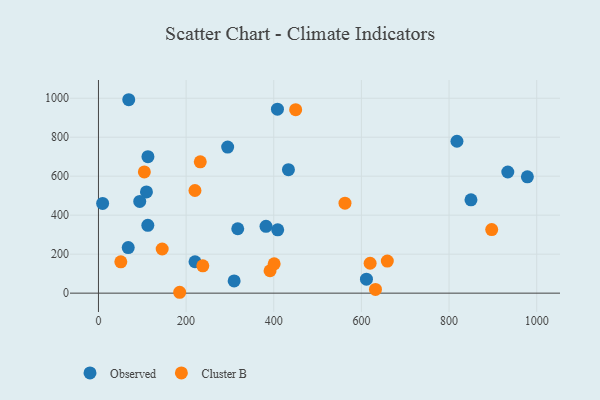
{"axis": {"x": "Investment", "y": "Yield"}, "legend": ["Cluster B", "Observed"], "data": [{"x": "409.0", "y": 325.0, "type": "Observed"}, {"x": "408.4", "y": 943.8, "type": "Observed"}, {"x": "850.0", "y": 478.7, "type": "Observed"}, {"x": "9.5", "y": 460.2, "type": "Observed"}, {"x": "220.3", "y": 161.1, "type": "Observed"}, {"x": "69.1", "y": 992.3, "type": "Observed"}, {"x": "433.5", "y": 633.5, "type": "Observed"}, {"x": "382.3", "y": 342.8, "type": "Observed"}, {"x": "978.7", "y": 596.6, "type": "Observed"}, {"x": "294.8", "y": 749.5, "type": "Observed"}, {"x": "818.0", "y": 779.2, "type": "Observed"}, {"x": "67.9", "y": 234.0, "type": "Observed"}, {"x": "112.9", "y": 700.2, "type": "Observed"}, {"x": "309.6", "y": 62.9, "type": "Observed"}, {"x": "109.5", "y": 519.3, "type": "Observed"}, {"x": "611.5", "y": 71.5, "type": "Observed"}, {"x": "112.6", "y": 348.2, "type": "Observed"}, {"x": "317.8", "y": 330.5, "type": "Observed"}, {"x": "94.2", "y": 470.8, "type": "Observed"}, {"x": "934.0", "y": 621.5, "type": "Observed"}, {"x": "238.1", "y": 140.3, "type": "Cluster B"}, {"x": "450.0", "y": 941.0, "type": "Cluster B"}, {"x": "185.3", "y": 4.5, "type": "Cluster B"}, {"x": "659.1", "y": 164.5, "type": "Cluster B"}, {"x": "104.7", "y": 622.1, "type": "Cluster B"}, {"x": "632.1", "y": 19.3, "type": "Cluster B"}, {"x": "897.3", "y": 326.4, "type": "Cluster B"}, {"x": "391.5", "y": 114.9, "type": "Cluster B"}, {"x": "400.9", "y": 150.2, "type": "Cluster B"}, {"x": "562.5", "y": 461.5, "type": "Cluster B"}, {"x": "145.4", "y": 226.5, "type": "Cluster B"}, {"x": "220.2", "y": 526.6, "type": "Cluster B"}, {"x": "619.9", "y": 153.5, "type": "Cluster B"}, {"x": "51.0", "y": 160.6, "type": "Cluster B"}, {"x": "232.3", "y": 673.5, "type": "Cluster B"}]}